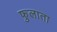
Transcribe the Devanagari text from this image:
फुलाता